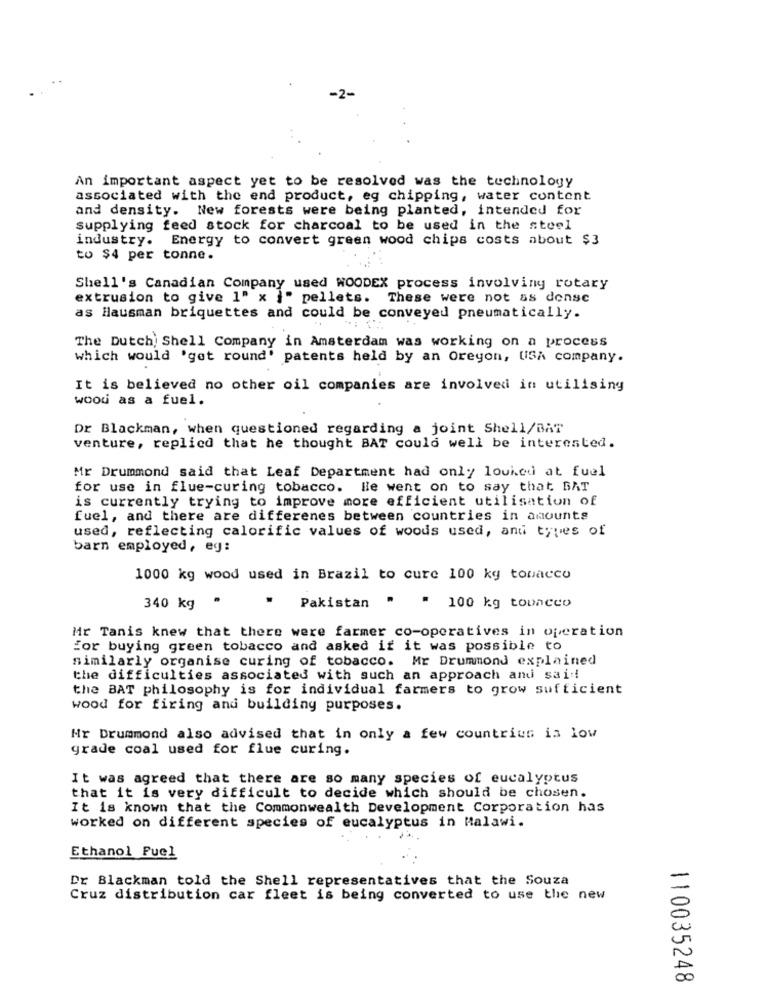
-2-
An important aspect yet to be resolved was the technology
associated with the end product, eg chipping, water content
and density. New forests were being planted, intended for
supplying feed stock for charcoal to be used in the steel
industry. Energy to convert green wood chips costs about $3
to $4 per tonne.
Shell's Canadian Company used WOODEX process involving rotary
extrusion to give 1" x }" pellets. These were not as densc
as Hausman briquettes and could be conveyed pneumatically.
The Dutch Shell Company in Amsterdam was working on a process
which would 'get round' patents held by an Oreyon, USA company.
It is believed no other oil companies are involved in utilising
wood as a fuel.
Dr Blackman, when questioned regarding a joint Shell/BAT
venture, replied that he thought BAT could well be interested.
Mr Drummond said that Leaf Department had only louked at fuel
for use in flue-curing tobacco. Ile went on to say that BAT
is currently trying to improve more efficient utilisation of
fuel, and there are differenes between countries in amounts
used, reflecting calorific values of woods used, and types of
barn employed, eg:
1000 kg wood used in Brazil to cure 100 kg tobacco
.
340 kg
Pakistan " " 100 kg tobacco
Mr Tanis knew that there were farmer co-operatives in operation
for buying green tobacco and asked if it was possible to
similarly organise curing of tobacco. Mr Drummond explained
the difficulties associated with such an approach and said!
the BAT philosophy is for individual farmers to grow sufficient
wood for firing and building purposes.
Nr Drummond also advised that in only a few countries is low
grade coal used for flue curing.
It was agreed that there are so many species of eucalyptus
that it is very difficult to decide which should be chosen.
It is known that the Commonwealth Development Corporation has
worked on different species of eucalyptus in Malawi.
Ethanol Fuel
Dr Blackman told the Shell representatives that the Souza
Cruz distribution car fleet is being converted to use the new
110035248